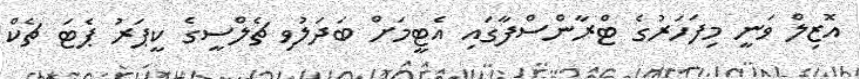
އޮޒިލް ވަނީ މިފަހަރުގެ ޓްރާންސްފާގައި އެޓީމަށް ބަދަލުވި ޗެލްސީގެ ކީޕަރު ޕެޓަ ޗެކް